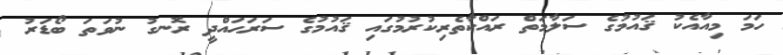
ހަމަ މިއާއެކު ޤައުމުގެ ސަލާމަތް ރައްކާތެރިކުރުމުގައި ޤައުމުގެ ސަރަޙައްދީ ރޮނގު ނުވަތަ ބޯޑަރު